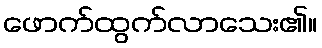
ဖောက်ထွက်လာသေး၏။